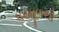
ધરમૂળથી